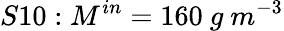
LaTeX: S10:M^{in}=160\ g\ m^{-3}